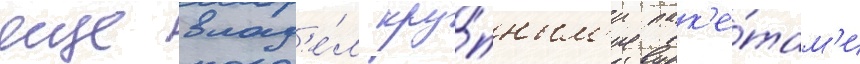
еще влад'е́л кру́пным'и пак'е́там'и